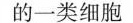
的一类细胞